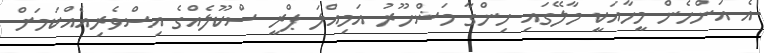
އެ އަންހެން މީހާއަކީ މާލޭގައި ހިންގާ މަޝްހޫރު އަމިއްލަ ޕްރީ ސްކޫލެއްގެ އިސްވެރިއެއްކަމަށް